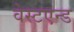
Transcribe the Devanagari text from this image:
वेस्टएन्ड